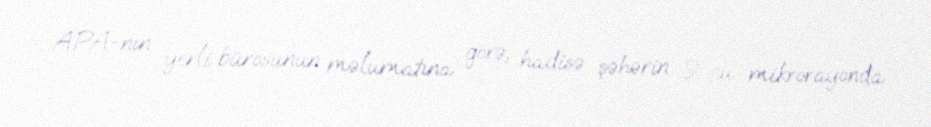
APA-nın yerli bürosunun məlumatına görə, hadisə şəhərin 9-cu mikrorayonda